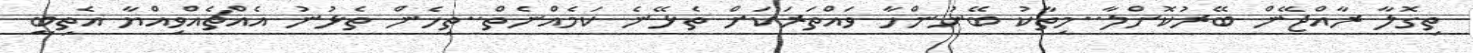
ތިގޮލާ ރާއްޖޭން ބޭރުކޮށްލާ..މިތާކު ބޭނުންހާ ވައްތަރަކަށް ތެޅޭނެ ކަމެއްނެތް..ތިހެން ތެޅުނު އެއްޗެއްވިއްޔާ އެތިބީ